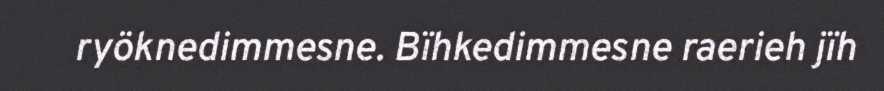
ryöknedimmesne. Bïhkedimmesne raerieh jïh